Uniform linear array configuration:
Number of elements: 32
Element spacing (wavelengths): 1
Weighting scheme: cosine
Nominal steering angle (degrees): -60
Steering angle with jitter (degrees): -59.689
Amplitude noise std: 0.05
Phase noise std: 0.05

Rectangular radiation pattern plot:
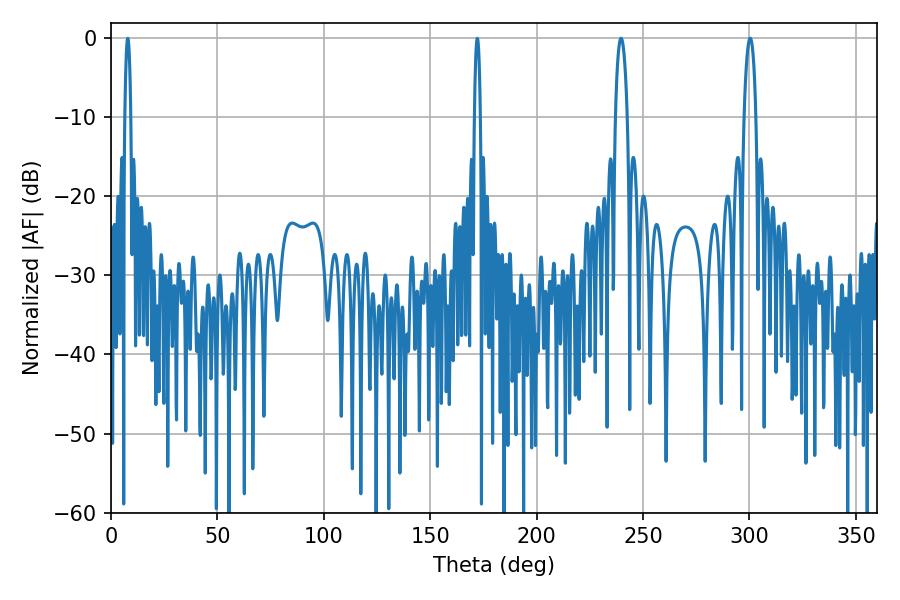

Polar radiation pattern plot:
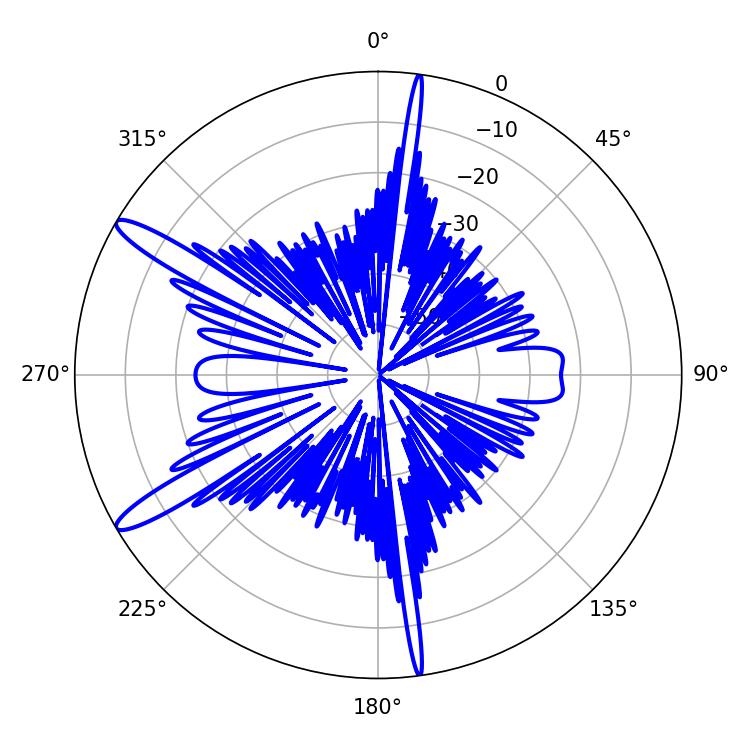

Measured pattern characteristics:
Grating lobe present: TRUE
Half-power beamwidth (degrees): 3.06
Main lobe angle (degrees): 239.58